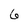
Character: 6